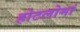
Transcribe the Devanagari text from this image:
होटलोमां